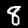
Label: 8